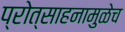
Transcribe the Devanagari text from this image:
प्रोत्साहनामुळेच